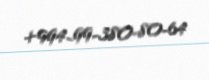
+994-99-380-80-64